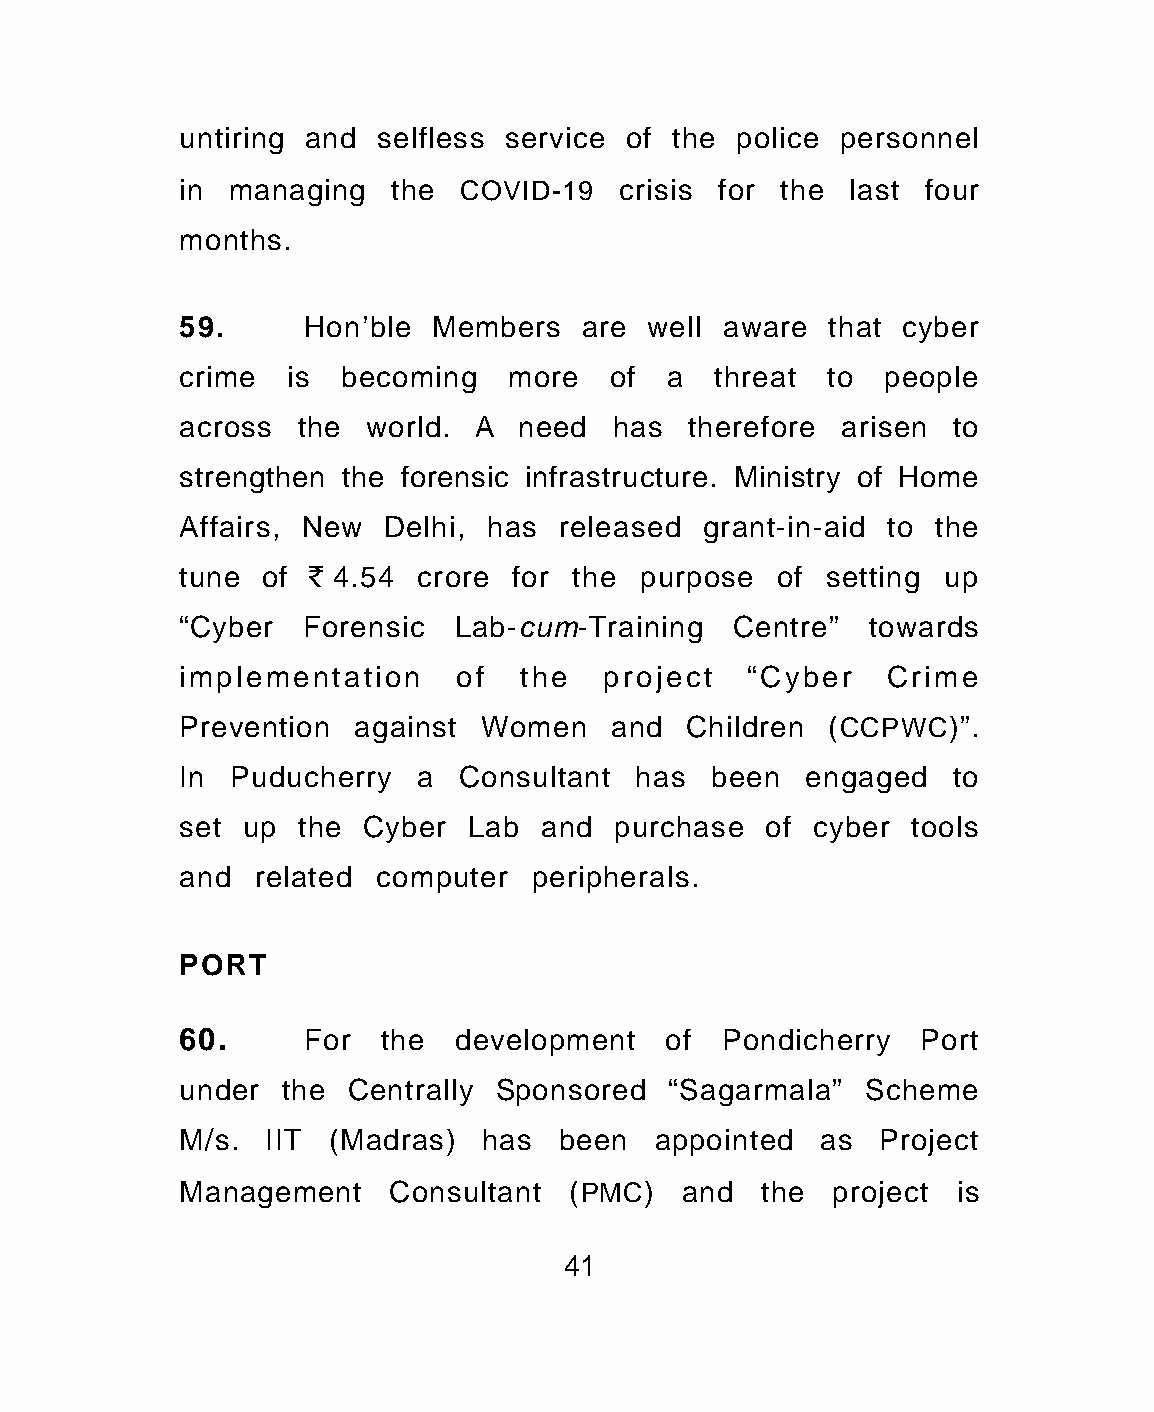
untiring and selfless service of the police personnel
 in managing   the COVID-19   crisis for the last four
 months.
 59.     Hon’ble Members   are  well aware  that cyber
 crime  is becoming   more   of  a  threat  to people
 across  the world. A  need  has  therefore  arisen to
 strengthen the forensic infrastructure. Ministry of Home
 Affairs, New Delhi, has  released grant-in-aid to the
 tune of ` 4.54 crore  for the purpose  of  setting up
 “Cyber  Forensic  Lab-cum-Training  Centre”  towards
 implementation    of  the   project  “Cyber    Crime
 Prevention against  Women   and  Children  (CCPWC)”.
 In Puducherry  a  Consultant  has  been  engaged   to
 set up  the Cyber  Lab  and  purchase  of cyber tools
 and  related computer  peripherals.
 PORT
 60.     For  the  development   of  Pondicherry  Port
 under  the Centrally Sponsored  “Sagarmala”  Scheme
 M/s. IIT  (Madras)  has  been  appointed  as  Project
 Management    Consultant  (PMC)  and  the  project is
 41